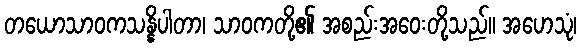
တယောသာဝကသန္နိပါတာ၊ သာဝကတို့၏ အစည်းအဝေးတို့သည်။ အဟေသုံ၊